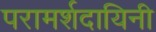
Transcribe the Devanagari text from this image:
परामर्शदायिनी